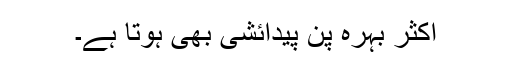
اکثر بہرہ پن پیدائشی بھی ہوتا ہے۔